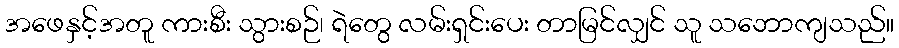
အဖေနှင့်အတူ ကားစီး သွားစဉ်၊ ရဲတွေ လမ်းရှင်းပေး တာမြင်လျှင် သူ သဘောကျသည်။